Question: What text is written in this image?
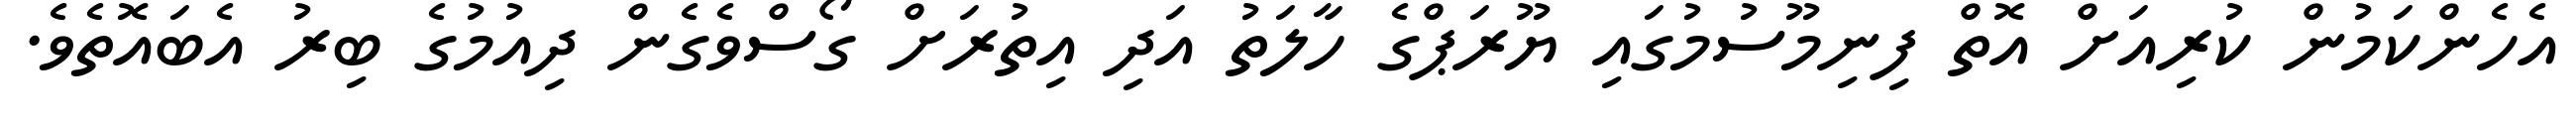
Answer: އެހެންކަމުން ކުރިއަށް އޮތް ފިނިމޫސުމުގައި ޔޫރަޕްގެ ހާލަތު އަދި އިތުރަށް ގޯސްވެގެން ދިއުމުގެ ބިރު އެބައޮތެވެ.